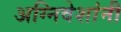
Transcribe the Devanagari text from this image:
अग्निवेशांनी